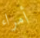
أمراء